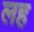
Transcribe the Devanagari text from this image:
लह